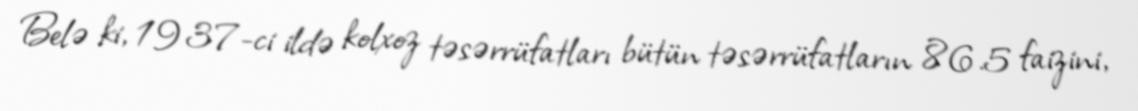
Belə ki, 1937-ci ildə kolxoz təsərrüfatları bütün təsərrüfatların 86.5 faizini,